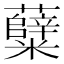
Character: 糵